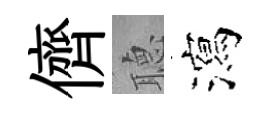
儕𦗟瀉